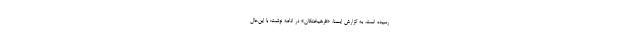
رسیده است. به گزارش ایسنا، «فرهیختگان» در ادامه نوشت: با این‌حال